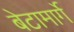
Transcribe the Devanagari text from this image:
बेटामार्गे